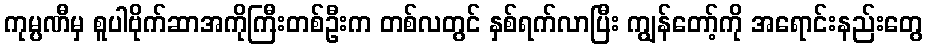
ကုမ္ပဏီမှ စူပါဗိုက်ဆာအကိုကြီးတစ်ဦးက တစ်လတွင် နှစ်ရက်လာပြီး ကျွန်တော့်ကို အရောင်းနည်းတွေ